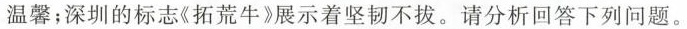
温馨；深圳的标志《拓荒牛展示着坚韧不拔。请分析回答下列问题。